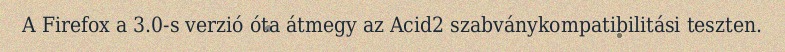
A Firefox a 3.0-s verzió óta átmegy az Acid2 szabványkompatibilitási teszten.